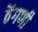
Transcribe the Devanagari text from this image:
ठेंगणी